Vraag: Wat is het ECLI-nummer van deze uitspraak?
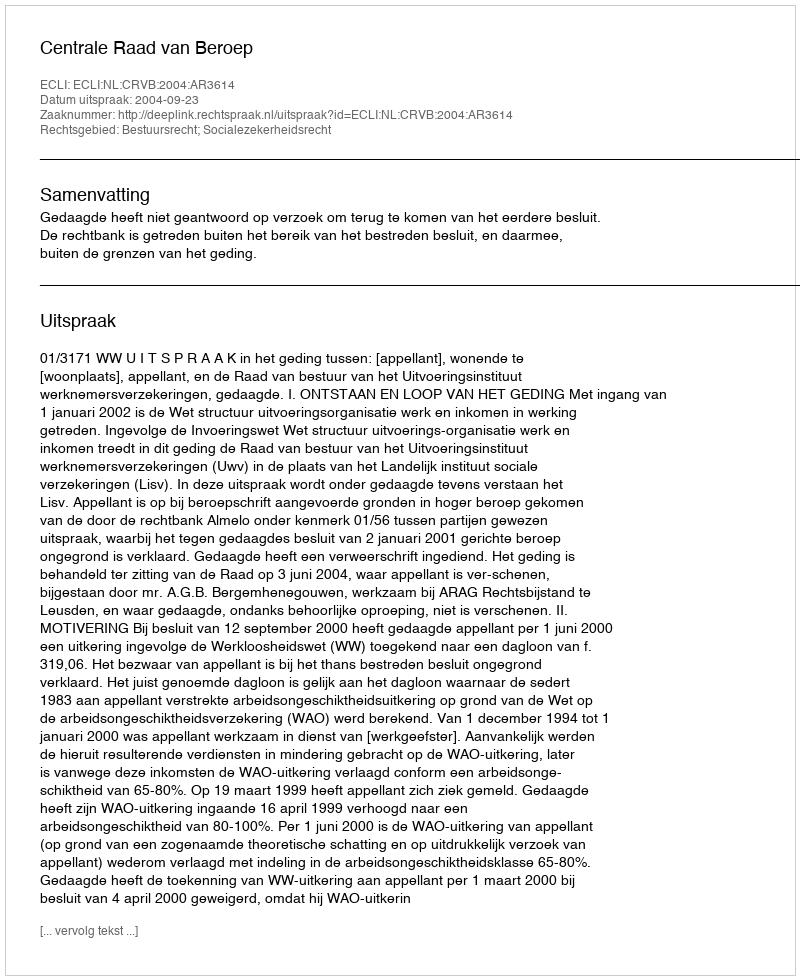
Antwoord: ECLI:NL:CRVB:2004:AR3614